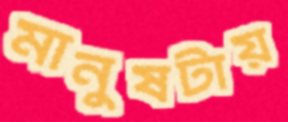
মানুষটায়